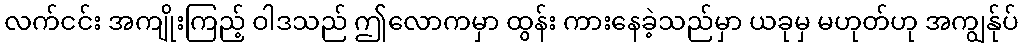
လက်ငင်း အကျိုးကြည့် ဝါဒသည် ဤလောကမှာ ထွန်း ကားနေခဲ့သည်မှာ ယခုမှ မဟုတ်ဟု အကျွန်ုပ်